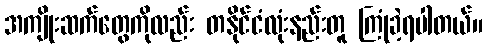
အကျိုးဆက်တွေကိုလည်း တနိုင်ငံလုံးနည်းတူ ကြုံခဲ့ရပါတယ်။